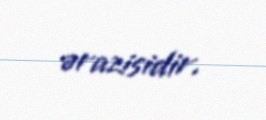
ərazisidir.